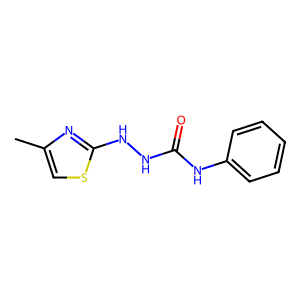
SMILES: Cc1csc(NNC(=O)Nc2ccccc2)n1
Inhibits HIV replication: No